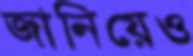
জানিয়েও